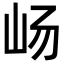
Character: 𫵵